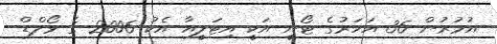
އުމުރުން 36 އަހަރުގެ ޓޯނީ އަކީ އިޓަލީއާ އެކު 2006 ގެ ވޯލްޑް